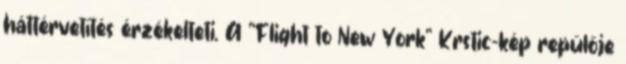
háttérvetítés érzékelteti. A "Flight to New York" Krstic-kép repülője